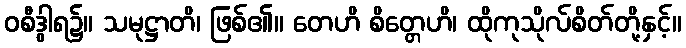
ဝစီဒွါရ၌။ သမုဋ္ဌာတိ၊ ဖြစ်၏။ တေဟိ စိတ္တေဟိ၊ ထိုကုသိုလ်စိတ်တို့နှင့်။